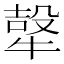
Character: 𭷮